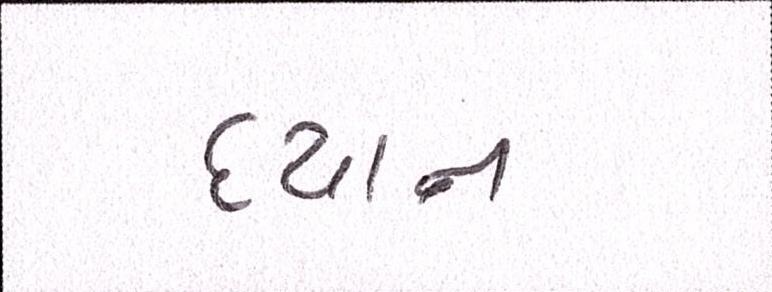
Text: ધ્યાન